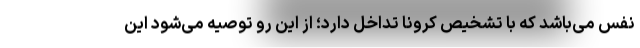
نفس می‌باشد که با تشخیص کرونا تداخل دارد؛ از این رو توصیه می‌شود این